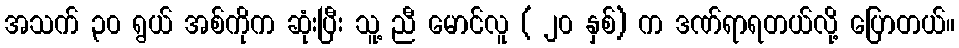
အသက် ၃၀ ရွယ် အစ်ကိုက ဆုံးပြီး သူ့ ညီ မောင်လူ ( ၂၀ နှစ်) က ဒဏ်ရာရတယ်လို့ ပြောတယ်။